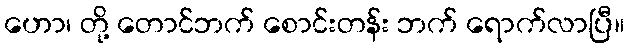
ဟော၊ တို့ တောင်ဘက် စောင်းတန်း ဘက် ရောက်လာပြီ။